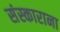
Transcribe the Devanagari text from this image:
संस्काराना